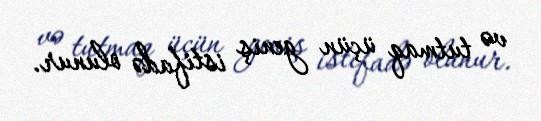
və tutmaq üçün geniş istifadə olunur.